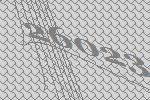
26023